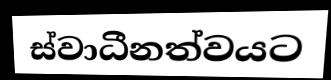
ස්වාධීනත්වයට